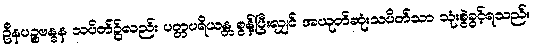
ဦနပဉ္စဗန္ဓန သပိတ်၌လည်း ပတ္တပရိယန္တ စွန့်ပြီးလျှင် အယုတ်ဆုံးသပိတ်သာ သုံးစွဲခွင့်ရသည်။